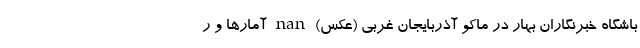
باشگاه خبرنگاران بهار در ماکو آذربایجان غربی (عکس) nan آمارها و ر